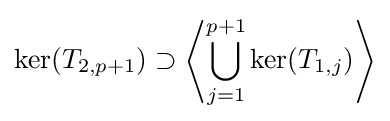
\ker(T_{2,p+1})\supset \left\langle \bigcup _{j=1}^{p+1}\ker(T_{1,j})\right\rangle